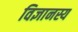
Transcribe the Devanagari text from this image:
विज्ञानस्य